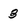
Character: 3